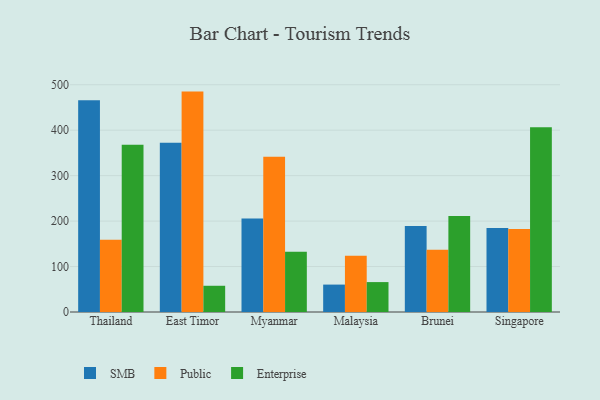
{"axis": {"x": "Country", "y": "Waste Production (Tons)"}, "legend": ["Enterprise", "Public", "SMB"], "data": [{"x": "Thailand", "y": 466.0, "type": "SMB"}, {"x": "Thailand", "y": 159.2, "type": "Public"}, {"x": "Thailand", "y": 368.1, "type": "Enterprise"}, {"x": "East Timor", "y": 372.5, "type": "SMB"}, {"x": "East Timor", "y": 484.9, "type": "Public"}, {"x": "East Timor", "y": 57.7, "type": "Enterprise"}, {"x": "Myanmar", "y": 205.6, "type": "SMB"}, {"x": "Myanmar", "y": 341.6, "type": "Public"}, {"x": "Myanmar", "y": 132.3, "type": "Enterprise"}, {"x": "Malaysia", "y": 60.3, "type": "SMB"}, {"x": "Malaysia", "y": 123.6, "type": "Public"}, {"x": "Malaysia", "y": 65.8, "type": "Enterprise"}, {"x": "Brunei", "y": 189.2, "type": "SMB"}, {"x": "Brunei", "y": 137.1, "type": "Public"}, {"x": "Brunei", "y": 211.2, "type": "Enterprise"}, {"x": "Singapore", "y": 185.0, "type": "SMB"}, {"x": "Singapore", "y": 182.8, "type": "Public"}, {"x": "Singapore", "y": 406.3, "type": "Enterprise"}]}